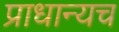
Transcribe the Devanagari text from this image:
प्राधान्यच